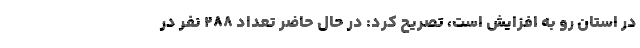
در استان رو به افزایش است، تصریح کرد: در حال حاضر تعداد 288 نفر در